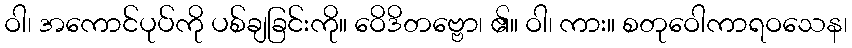
ဝါ၊ အကောင်ပုပ်ကို ပစ်ချခြင်းကို။ ဝေိဒိတဗ္ဗော၊ ၏။ ဝါ၊ ကား။ စတုဝေါကာရဝသေန၊